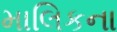
માલિકના